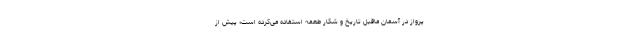
پرواز در آسمان ماقبل تاریخ و شکار طعمه استفاده می‌کرده است؛ پیش از